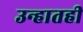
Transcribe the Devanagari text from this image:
उन्हातही